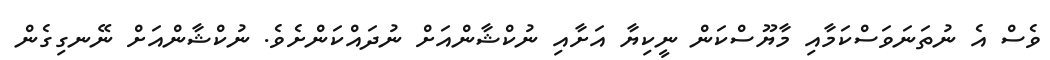
ވެސް އެ ނުތަނަވަސްކަމާއި މާޔޫސްކަން ނީކިޔާ އަށާއި ނުކްޝާންއަށް ނުދައްކަންށެވެ. ނުކްޝާންއަށް ނޭނގިގެން